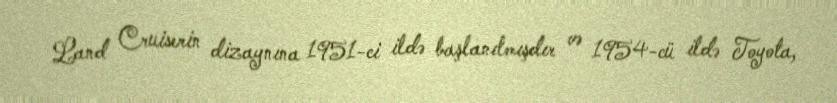
Land Cruiserin dizaynına 1951-ci ildə başlanılmışdır və 1954-cü ildə Toyota,